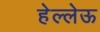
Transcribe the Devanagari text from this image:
हेल्लेऊ